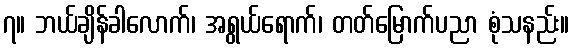
၇။ ဘယ်ချိန်ခါလောက်၊ အရွယ်ရောက်၊ တတ်မြောက်ပညာ စုံသနည်း။